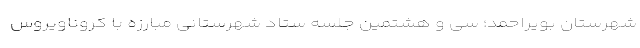
شهرستان بویراحمد؛ سی و هشتمین جلسه ستاد شهرستانی مبارزه با کروناویروس